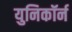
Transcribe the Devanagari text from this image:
युनिकॉर्न